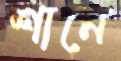
শানে